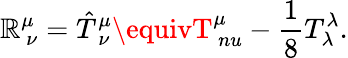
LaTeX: {\cal\mathbb{R}}_{\ \nu}^{\mu}={\hat{{T}}}_{\ \nu}^{\mu}\equivT_{\, nu}^{\mu}-{\frac{{1}}{{8}}}T_{\lambda}^{\lambda}.